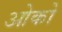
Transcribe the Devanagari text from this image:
ओको